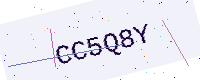
Text: CC5Q8Y